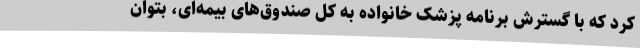
کرد که با گسترش برنامه پزشک خانواده به کل صندوق‌های بیمه‌ای، بتوان